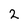
Character: 2